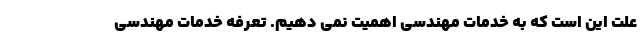
علت این است که به خدمات مهندسی اهمیت نمی دهیم. تعرفه خدمات مهندسی